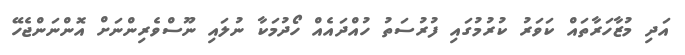
އަދި މުޒާހަރާތައް ކަވަރު ކުރުމުގައި ފުރުސަތު ހުއްދައެއް ހޯދުމަކާ ނުލައި ނޫސްވެރިންނަށް އޮންނަންޖެހޭ